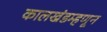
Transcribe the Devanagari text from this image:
कालखंडम्हणून